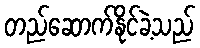
တည်ဆောက်နိုင်ခဲ့သည်